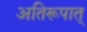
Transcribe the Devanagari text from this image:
अतिरूपात्